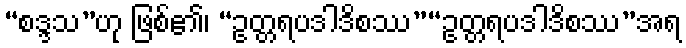
“စဒ္ဒသ”ဟု ဖြစ်၏၊ “ဥတ္တရပဒါဒိစဿ”“ဥတ္တရပဒါဒိစဿ”အရ